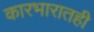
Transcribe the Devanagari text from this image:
कारभारातही